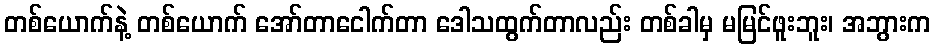
တစ်ယောက်နဲ့ တစ်ယောက် အော်တာငေါက်တာ ဒေါသထွက်တာလည်း တစ်ခါမှ မမြင်ဖူးဘူး၊ အဘွားက